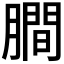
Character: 𬛖